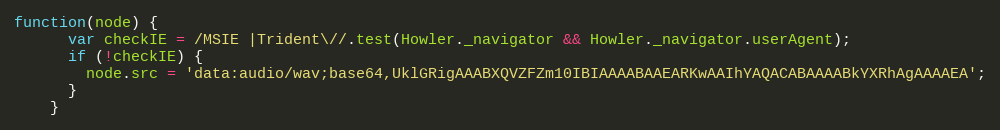
Language: JavaScript
function(node) {
      var checkIE = /MSIE |Trident\//.test(Howler._navigator && Howler._navigator.userAgent);
      if (!checkIE) {
        node.src = 'data:audio/wav;base64,UklGRigAAABXQVZFZm10IBIAAAABAAEARKwAAIhYAQACABAAAABkYXRhAgAAAAEA';
      }
    }